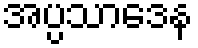
အပ္ပသာဒေန